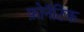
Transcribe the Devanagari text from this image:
फ़ोनॅटिक